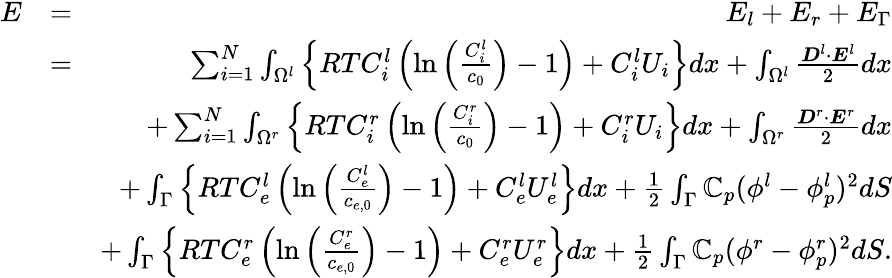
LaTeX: \begin{array}{rlr}{E}&{=}&{E_{l}+E_{r}+E_{\Gamma}}\\ &{=}&{\sum_{i=1}^{N}\int_{\Omega^{l}}\left\{ RTC_{i}^{l}\left(\ln{\left(\frac{C_{i}^{l}}{c_{0}}\right)}-1\right)+C_{i}^{l}U_{i}\right\} dx+\int_{\Omega^{l}}\frac{\boldsymbol{D}^{l}\cdot\boldsymbol{E}^{l}}{2}dx}\\ &{}&{+\sum_{i=1}^{N}\int_{\Omega^{r}}\left\{ RTC_{i}^{r}\left(\ln{\left(\frac{C_{i}^{r}}{c_{0}}\right)}-1\right)+C_{i}^{r}U_{i}\right\} dx+\int_{\Omega^{r}}\frac{\boldsymbol{D}^{r}\cdot\boldsymbol{E}^{r}}{2}dx}\\ &{}&{+\int_{\Gamma}\left\{ RTC_{e}^{l}\left(\ln{\left(\frac{C_{e}^{l}}{c_{e,0}}\right)}-1\right)+C_{e}^{l}U_{e}^{l}\right\} dx+\frac 12\int_{\Gamma}\mathbb{C}_{p}(\phi^{l}-\phi_{p}^{l})^{2}dS}\\ &{}&{+\int_{\Gamma}\left\{ RTC_{e}^{r}\left(\ln{\left(\frac{C_{e}^{r}}{c_{e,0}}\right)}-1\right)+C_{e}^{r}U_{e}^{r}\right\} dx+\frac 12\int_{\Gamma}\mathbb{C}_{p}(\phi^{r}-\phi_{p}^{r})^{2}dS.}\end{array}